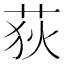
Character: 荻